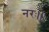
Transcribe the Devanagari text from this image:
नरः।।